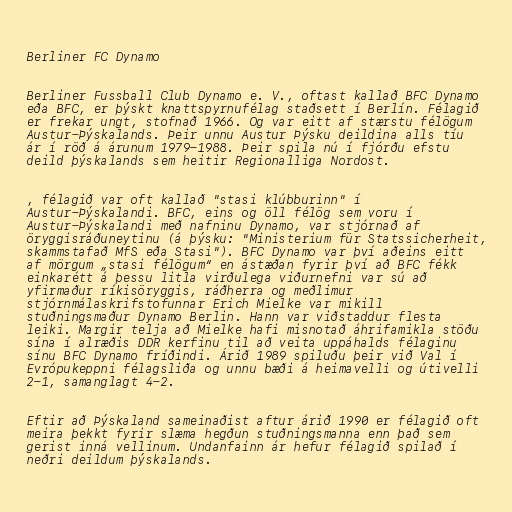
Berliner FC Dynamo

Berliner Fussball Club Dynamo e. V., oftast kallað BFC Dynamo
eða BFC, er þýskt knattspyrnufélag staðsett í Berlín. Félagið
er frekar ungt, stofnað 1966. Og var eitt af stærstu félögum
Austur-Þýskalands. Þeir unnu Austur Þýsku deildina alls tíu
ár í röð á árunum 1979-1988. Þeir spila nú í fjórðu efstu
deild þýskalands sem heitir Regionalliga Nordost.

, félagið var oft kallað "stasi klúbburinn" í
Austur-Þýskalandi. BFC, eins og öll félög sem voru í
Austur-Þýskalandi með nafninu Dynamo, var stjórnað af
öryggisráðuneytinu (á þýsku: "Ministerium für Statssicherheit,
skammstafað MfS eða Stasi"). BFC Dynamo var því aðeins eitt
af mörgum „stasi félögum“ en ástæðan fyrir því að BFC fékk
einkarétt á þessu litla virðulega viðurnefni var sú að
yfirmaður ríkisöryggis, ráðherra og meðlimur
stjórnmálaskrifstofunnar Erich Mielke var mikill
stuðningsmaður Dynamo Berlin. Hann var viðstaddur flesta
leiki. Margir telja að Mielke hafi misnotað áhrifamikla stöðu
sína í alræðis DDR kerfinu til að veita uppáhalds félaginu
sínu BFC Dynamo fríðindi. Árið 1989 spiluðu þeir við Val í
Evrópukeppni félagsliða og unnu bæði á heimavelli og útivelli
2-1, samanglagt 4-2.

Eftir að Þýskaland sameinaðist aftur árið 1990 er félagið oft
meira þekkt fyrir slæma hegðun stuðningsmanna enn það sem
gerist inná vellinum. Undanfainn ár hefur félagið spilað í
neðri deildum þýskalands.